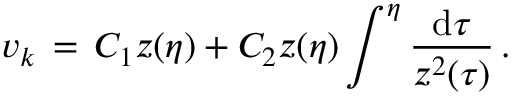
v _ { k } \, = \, C _ { 1 } z ( \eta ) + C _ { 2 } z ( \eta ) \int ^ { \eta } \frac { \mathrm { d } \tau } { z ^ { 2 } ( \tau ) } \, .